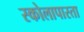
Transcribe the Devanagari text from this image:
स्कोलापास्ता